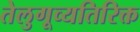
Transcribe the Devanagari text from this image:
तेलुगूव्यतिरिक्त